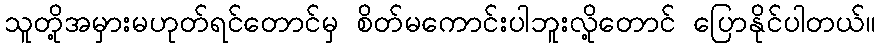
သူတို့အမှားမဟုတ်ရင်တောင်မှ စိတ်မကောင်းပါဘူးလို့တောင် ပြောနိုင်ပါတယ်။